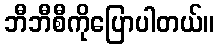
ဘီဘီစီကိုပြောပါတယ်။